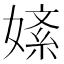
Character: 𫱚